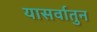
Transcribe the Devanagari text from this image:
यासर्वातुन